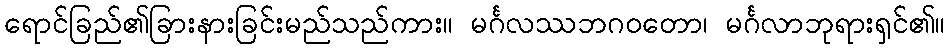
ရောင်ခြည်၏ခြားနားခြင်းမည်သည်ကား။ မင်္ဂလဿဘဂဝတော၊ မင်္ဂလာဘုရားရှင်၏။